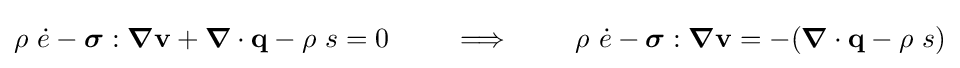
\rho ~{\dot {e}}-{\boldsymbol {\sigma }}:{\boldsymbol {\nabla }}\mathbf {v} +{\boldsymbol {\nabla }}\cdot \mathbf {q} -\rho ~s=0\qquad \implies \qquad \rho ~{\dot {e}}-{\boldsymbol {\sigma }}:{\boldsymbol {\nabla }}\mathbf {v} =-({\boldsymbol {\nabla }}\cdot \mathbf {q} -\rho ~s)